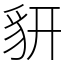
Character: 𧲨